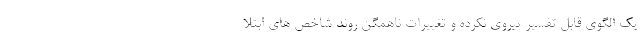
یک الگوی قابل تفسیر پیروی نکرده و تغییرات ناهمگن روند شاخص های ابتلا